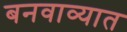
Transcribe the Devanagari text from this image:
बनवाव्यात